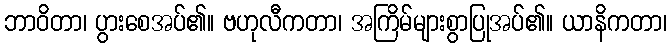
ဘာဝိတာ၊ ပွားစေအပ်၏။ ဗဟုလီကတာ၊ အကြိမ်များစွာပြုအပ်၏။ ယာနိကတာ၊